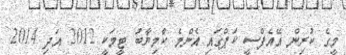
މީގެ ކުރިން އޭއެފްސީ ކަޕްގައި އެންމެ ކާމިޔާބު ޓީމަކީ 2012 އަދި 2014